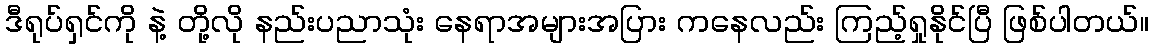
ဒီရုပ်ရှင်ကို နဲ့ တို့လို နည်းပညာသုံး နေရာအများအပြား ကနေလည်း ကြည့်ရှုနိုင်ပြီ ဖြစ်ပါတယ်။